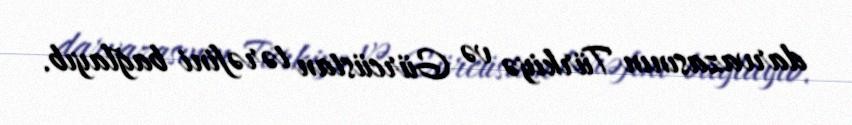
darvazasının Türkiyə və Gürcüstan tərəfini bağlayıb.